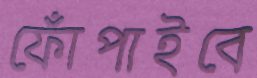
ফোঁপাইবে